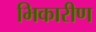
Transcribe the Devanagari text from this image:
भिकारीण